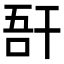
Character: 𢆖